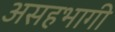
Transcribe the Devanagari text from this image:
असहभागी